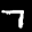
Label: 7